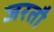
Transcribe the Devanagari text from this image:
जरतौ